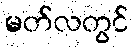
မတ်လတွင်